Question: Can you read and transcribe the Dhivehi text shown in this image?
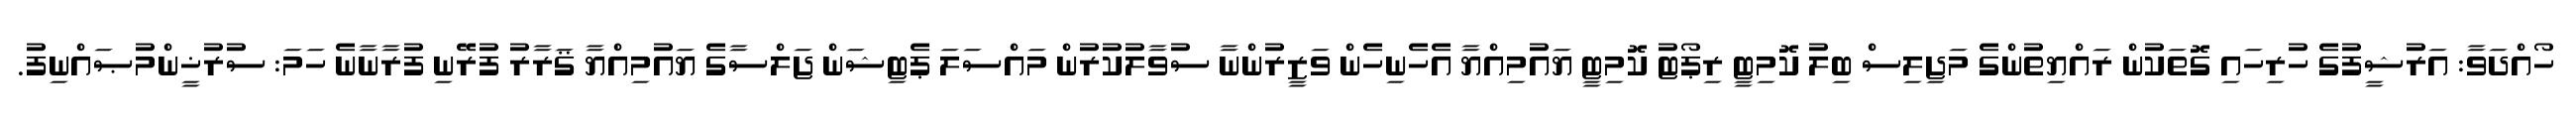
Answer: ހޯއްދަވާ: އަރުޝީފުގެ ހުރިހައި ގޮތަކުން ރައްޔިތުންގެ މަޖިލިސް ބިލު ކޮމިޓީ ރިޕޯޓު ކޮމިޓީ ޔައުމިއްޔާ އެހެނިހެން ވަޒީރުންނާ ސުވާލުކުރުން މައްސަލަ ޕެޓިޝަން ޖަލްސާގެ ޔައުމިއްޔާ ޤަރާރު ފުރޭނި ފުރާނާނެ ހަމަ: ސުރުޚީންމުޞައްނިފު.